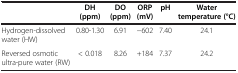
<table><thead><tr><td><b> </b></td><td><b>DH (ppm)</b></td><td><b>DO (ppm)</b></td><td><b>ORP (mV)</b></td><td><b>pH</b></td><td><b>Water temperature (°C)</b></td></tr></thead><tbody><tr><td>Hydrogen-dissolved water (HW)</td><td>0.80-1.30</td><td>6.91</td><td>−602</td><td>7.40</td><td>24.1</td></tr><tr><td>Reversed osmotic ultra-pure water (RW)</td><td>&lt; 0.018</td><td>8.26</td><td>+184</td><td>7.37</td><td>24.2</td></tr></tbody></table>